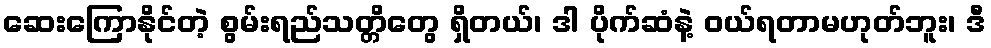
ဆေးကြောနိုင်တဲ့ စွမ်းရည်သတ္တိတွေ ရှိတယ်၊ ဒါ ပိုက်ဆံနဲ့ ဝယ်ရတာမဟုတ်ဘူး၊ ဒီ